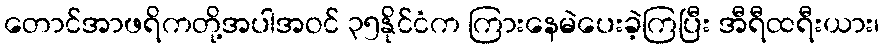
တောင်အာဖရိကတို့အပါအဝင် ၃၅နိုင်ငံက ကြားနေမဲပေးခဲ့ကြပြီး အီရီထရီးယား၊